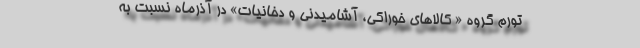
تورم گروه « كالاهاي خوراكي، ‌آشاميدني و دخانيات» در آذرماه نسبت به